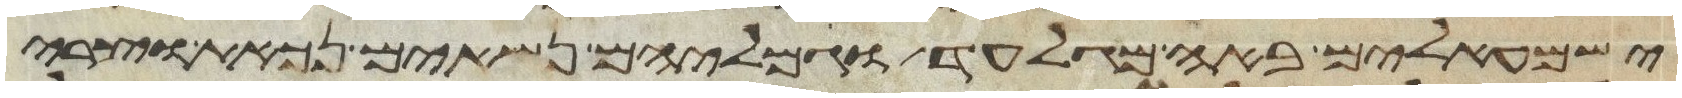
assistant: ישמעאלים באה מגלעד וגמליהם נשאים נכאת וצרי